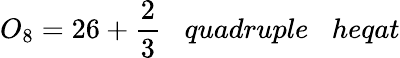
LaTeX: O_{8}=26+{\frac{2}{3}}\; \; \; quadruple\; \; \; heqat